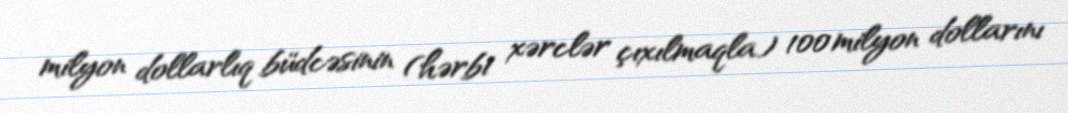
milyon dollarlıq büdcəsinin (hərbi xərclər çıxılmaqla) 100 milyon dollarını